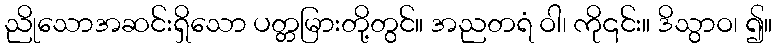
ညိုသောအဆင်းရှိသော ပတ္တမြားတို့တွင်။ အညတရံ ဝါ၊ ကို၎င်း။ ဒိသွာဝ၊ ၍။